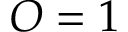
O = 1